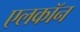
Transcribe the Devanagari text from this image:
एलकॉन